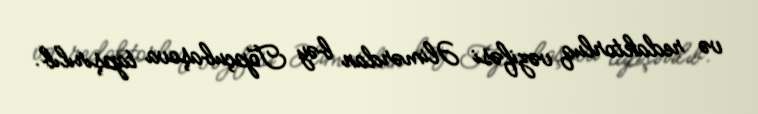
və redaktorluq vəzifəsi Əlimərdan bəy Topçubaşova tapşırılıb.